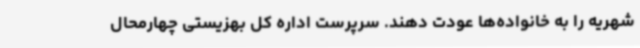
شهریه را به خانواده‌ها عودت دهند. سرپرست اداره کل بهزیستی چهارمحال